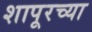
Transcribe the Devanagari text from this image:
शापूरच्या